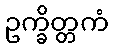
ဥက္ခိတ္တကံ